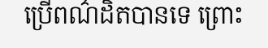
ប្រើពណ៌ដិតបានទេ ព្រោះ